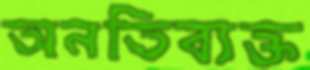
অনতিব্যক্ত